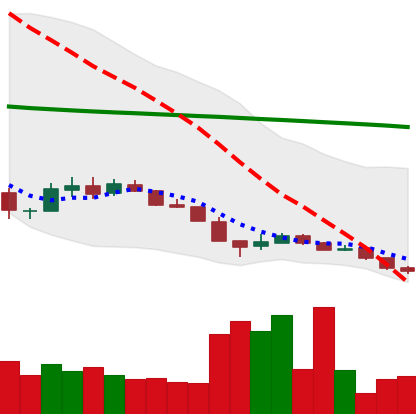
Ticker: XLM-USD
Chart end date: 2018-12-15
Forward return: 32.598%
Label: up_7plus